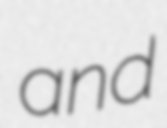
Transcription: and